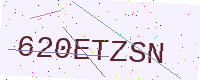
Text: 620ETZSN